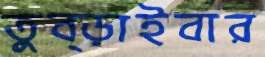
তুব্‌ড়াইবার